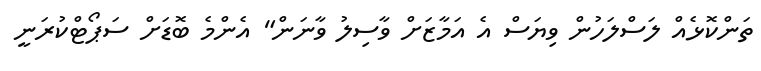
ތަންކޮޅެއް ލަސްލަހުން ވިޔަސް އެ އަމާޒަށް ވާސިލު ވާނަން" އެންމެ ބޮޑަށް ސަޕޯޓްކުރަނީ